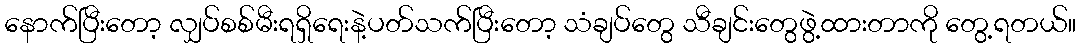
နောက်ပြီးတော့ လျှပ်စစ်မီးရရှိရေးနဲ့ပတ်သက်ပြီးတော့ သံချပ်တွေ သီချင်းတွေဖွဲ့ထားတာကို တွေ့ရတယ်။